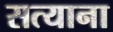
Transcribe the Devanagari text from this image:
सत्याना